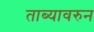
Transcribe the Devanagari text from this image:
ताब्यावरुन